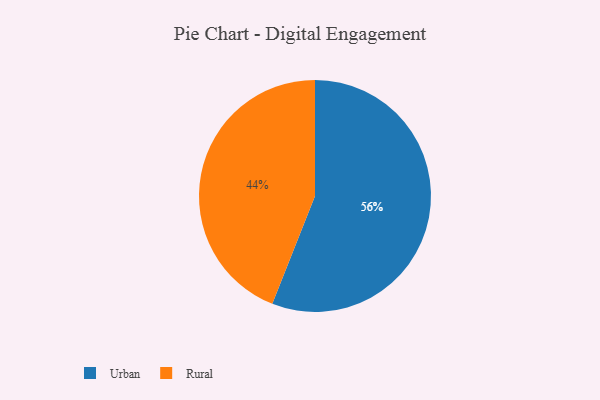
{"axis": {"x": "Category", "y": "Percentage"}, "legend": ["Rural", "Urban"], "data": [{"x": "Urban", "y": 56, "type": "Urban"}, {"x": "Rural", "y": 44, "type": "Rural"}]}